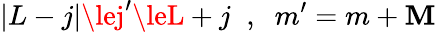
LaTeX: |L-j|\lej^{\prime}\leL+j\; \; ,\; \; m^{\prime}=m+\mathbf{M}